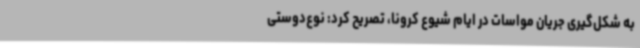
به شکل‌گیری جریان مواسات در ایام شیوع کرونا، تصریح کرد: نوع‌دوستی